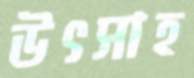
উৎসাহ